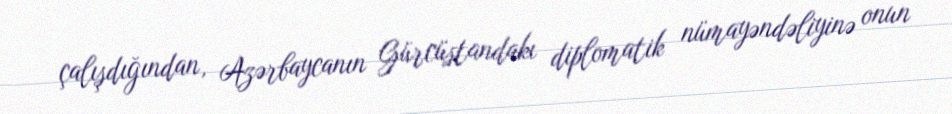
çalışdığından, Azərbaycanın Gürcüstandakı diplomatik nümayəndəliyinə onun